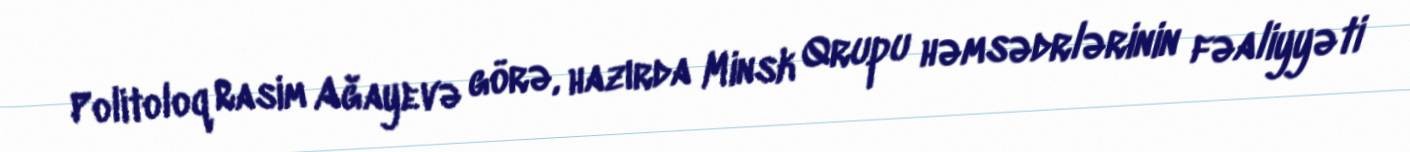
Politoloq Rasim Ağayevə görə, hazırda Minsk Qrupu həmsədrlərinin fəaliyyəti